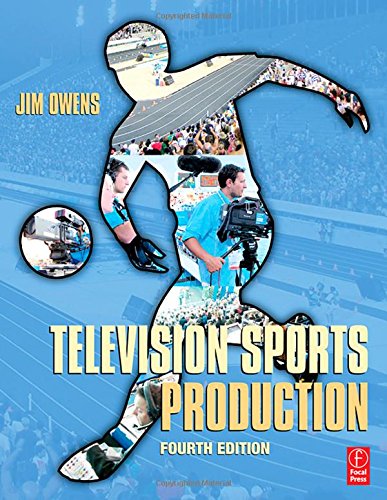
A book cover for Television Sports Production; Jim Owens; Sports & Outdoors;